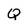
Character: Q